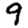
Digit: 9